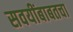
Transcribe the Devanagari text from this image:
सवयींबाबतचा